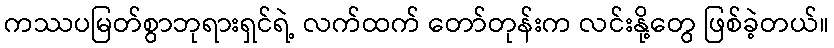
ကဿပမြတ်စွာဘုရားရှင်ရဲ့ လက်ထက် တော်တုန်းက လင်းနို့တွေ ဖြစ်ခဲ့တယ်။